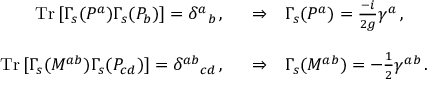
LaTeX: \begin{array} { r c l } { { \mathrm { T r } \, [ \Gamma _ { s } ( P ^ { a } ) \Gamma _ { s } ( P _ { b } ) ] = \delta ^ { a } { } _ { b } \, , \, \, \, \, } } & { { \Rightarrow } } & { { \Gamma _ { s } ( P ^ { a } ) = { \textstyle \frac { - i } { 2 g } } \gamma ^ { a } \, , } } \\ { { } } & { { } } & { { } } \\ { { \mathrm { T r } \, [ \Gamma _ { s } ( M ^ { a b } ) \Gamma _ { s } ( P _ { c d } ) ] = \delta ^ { a b } { } _ { c d } \, , \, \, \, \, } } & { { \Rightarrow } } & { { \Gamma _ { s } ( M ^ { a b } ) = - { \textstyle \frac { 1 } { 2 } } \gamma ^ { a b } \, . } } \end{array}